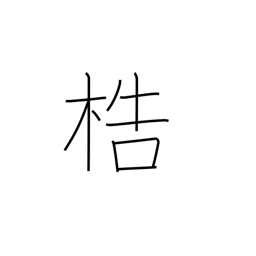
Meaning: manacles